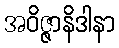
အဝိဇ္ဇာနိဒါနာ